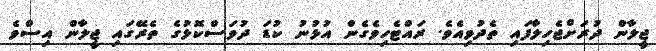
ޖީލާން ދުރަށްޖެހިލާފައި ތެދުވިއެވެ. ރައްޓެހިވެގެން އުޅުނު ކުޑަ ދުވަސްކޮޅުގެ ތެރޭގައި ޖީލާން އިސްވެ